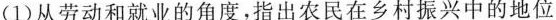
(1)从劳动和就业的角度，指出农民在乡村振兴中的地位